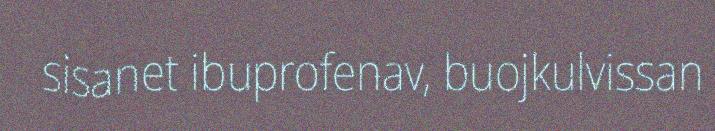
sisanet ibuprofenav, buojkulvissan